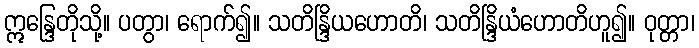
ဣန္ဒြေတိုသို့။ ပတွာ၊ ရောက်၍။ သတိန္ဒြိယဟောတိ၊ သတိန္ဒြိယံဟောတိဟူ၍။ ဝုတ္တာ၊